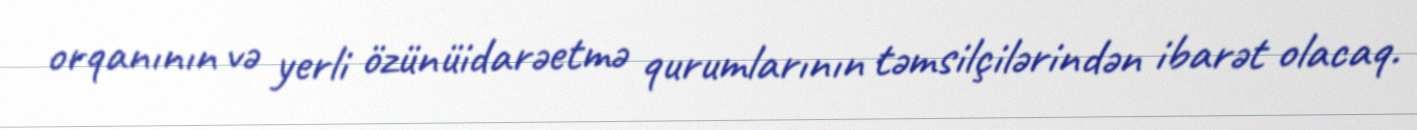
orqanının və yerli özünüidarəetmə qurumlarının təmsilçilərindən ibarət olacaq.